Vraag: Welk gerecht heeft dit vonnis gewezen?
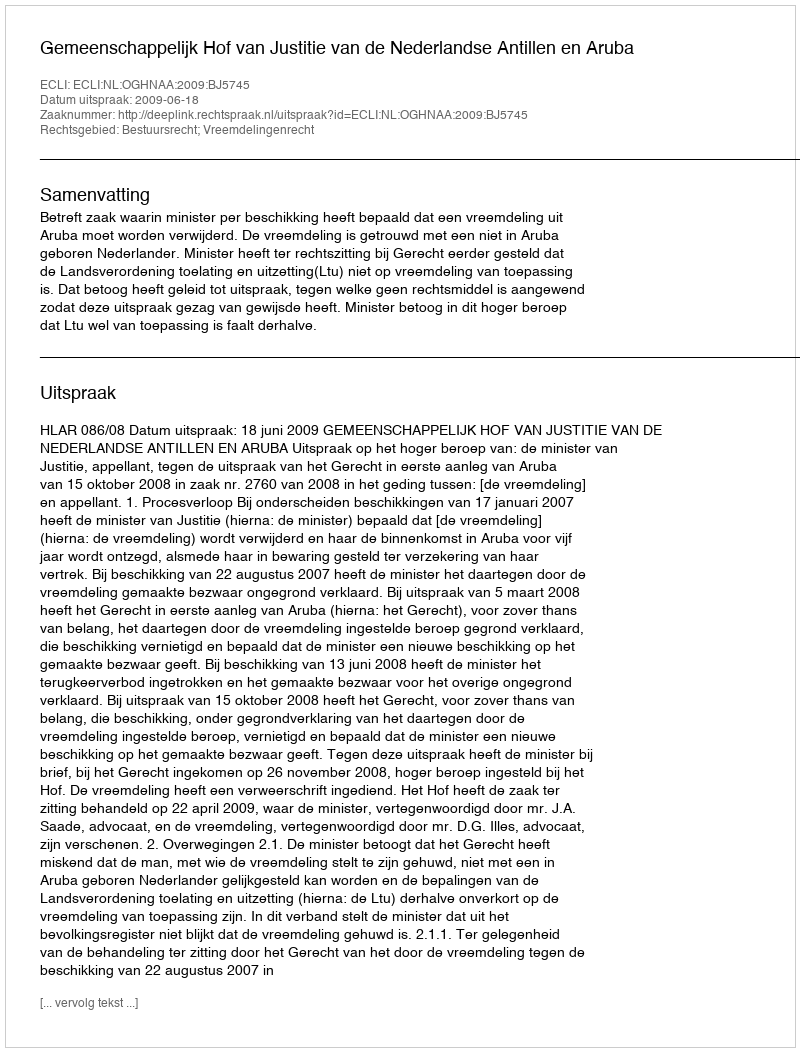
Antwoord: Gemeenschappelijk Hof van Justitie van de Nederlandse Antillen en Aruba